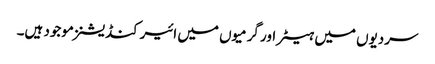
سردیوں میں ہیٹر اور گرمیوں میں ائیرکنڈیشنز موجود ہیں۔